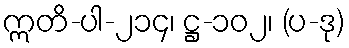
ဣတိ-ပါ-၂၁၄၊ ဋ္ဌ-၁၀၂၊ (ပ-ဒု)